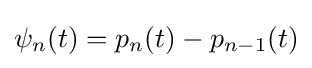
\psi _{n}(t)=p_{n}(t)-p_{n-1}(t)